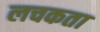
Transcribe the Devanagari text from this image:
लचकता